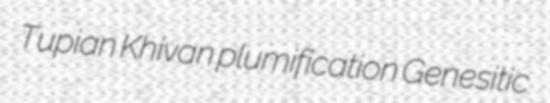
Tupian Khivan plumification Genesitic